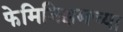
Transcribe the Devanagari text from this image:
फेमिनिझमच्या